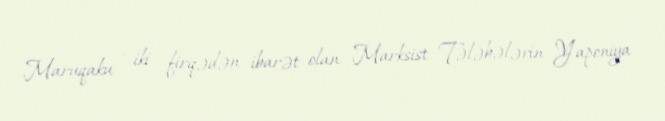
Maruqaku - iki firqədən ibarət olan Marksist Tələbələrin Yaponiya